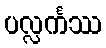
ပလ္လင်္ကဿ